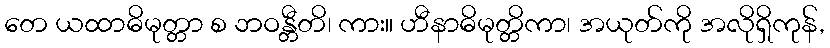
တေ ယထာဓိမုတ္တာ စ ဘဝန္တီတိ၊ ကား။ ဟီနာဓိမုတ္တိကာ၊ အယုတ်ကို အလိုရှိကုန်,